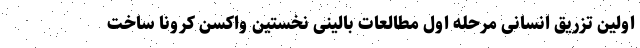
اولین تزریق انسانی مرحله اول مطالعات بالینی نخستین واکسن کرونا ساخت